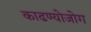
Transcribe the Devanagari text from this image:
काढण्योजोग